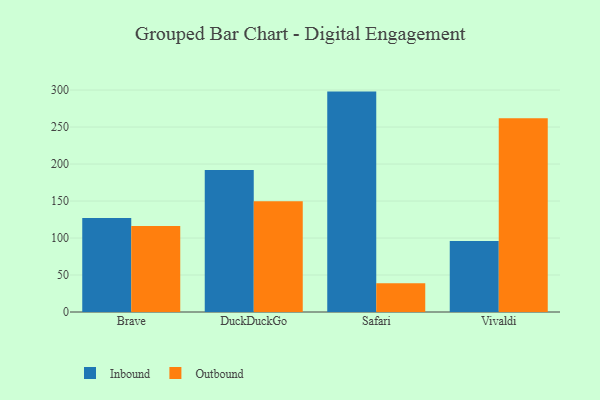
{"axis": {"x": "Browser", "y": "Shipments"}, "legend": ["Inbound", "Outbound"], "data": [{"x": "Brave", "y": 126.9, "type": "Inbound"}, {"x": "Brave", "y": 116.2, "type": "Outbound"}, {"x": "DuckDuckGo", "y": 191.9, "type": "Inbound"}, {"x": "DuckDuckGo", "y": 149.7, "type": "Outbound"}, {"x": "Safari", "y": 297.9, "type": "Inbound"}, {"x": "Safari", "y": 39.0, "type": "Outbound"}, {"x": "Vivaldi", "y": 96.0, "type": "Inbound"}, {"x": "Vivaldi", "y": 261.9, "type": "Outbound"}]}